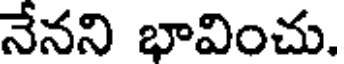
నేనని భావించు.